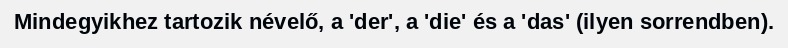
Mindegyikhez tartozik névelő, a 'der', a 'die' és a 'das' (ilyen sorrendben).